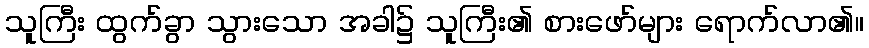
သူကြီး ထွက်ခွာ သွားသော အခါ၌ သူကြီး၏ စားဖော်များ ရောက်လာ၏။